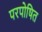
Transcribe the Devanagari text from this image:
परपोषित